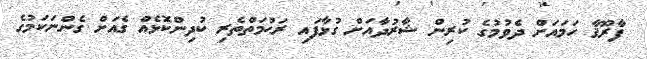
ފާރޫޤާ ހަމައަށް ދެވުމުގެ ކުރިން ޝާރުދާއަށް ގުޅާފައި ރަޙުމަތްތެރި ކުދިންކޮޅެއް ގެއަށް ގެންނަކަމުގެ